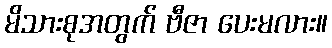
မိသားစုအတွက် ဗီဇာ ပေးမလား။